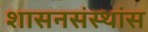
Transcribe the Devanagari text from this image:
शासनसंस्थांस